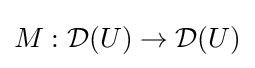
M:{\mathcal {D}}(U)\to {\mathcal {D}}(U)